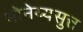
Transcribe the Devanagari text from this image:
मोनेय्यसुत्त